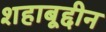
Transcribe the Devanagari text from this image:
शहाबूद्दीन